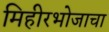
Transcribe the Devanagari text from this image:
मिहीरभोजाचा